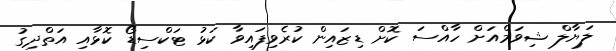
ލަޔާލް ޝިވަމްއަށް ހާއްސަ ކޮށް ޑިޒައިން ކުރެވިފައިވާ ކަޅު ޓަކްސިޑޯ ކޮޅާއި އަތްދިގު